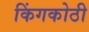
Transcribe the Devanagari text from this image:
किंगकोठी